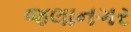
જલાનગર